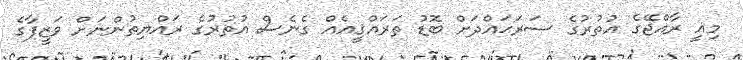
މިއީ ރާއްޖޭގެ އުތުރުގެ ސަރަޙައްދަށް ބޮޑު ތަރައްޤީއެއް ގެނެސް އުތުރުގެ ރައްޔިތުންނަށް ވަޒީފާގެ